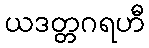
ယဒတ္တဂရဟီ